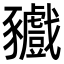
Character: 𧲘